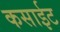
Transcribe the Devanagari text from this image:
कसाईट